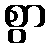
စွာ